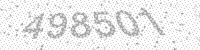
Solution: 498501